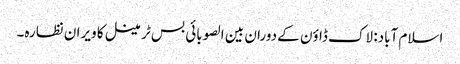
اسلام آباد: لاک ڈاؤن کے دوران بین الصوبائی بس ٹرمینل کا ویران نظارہ۔